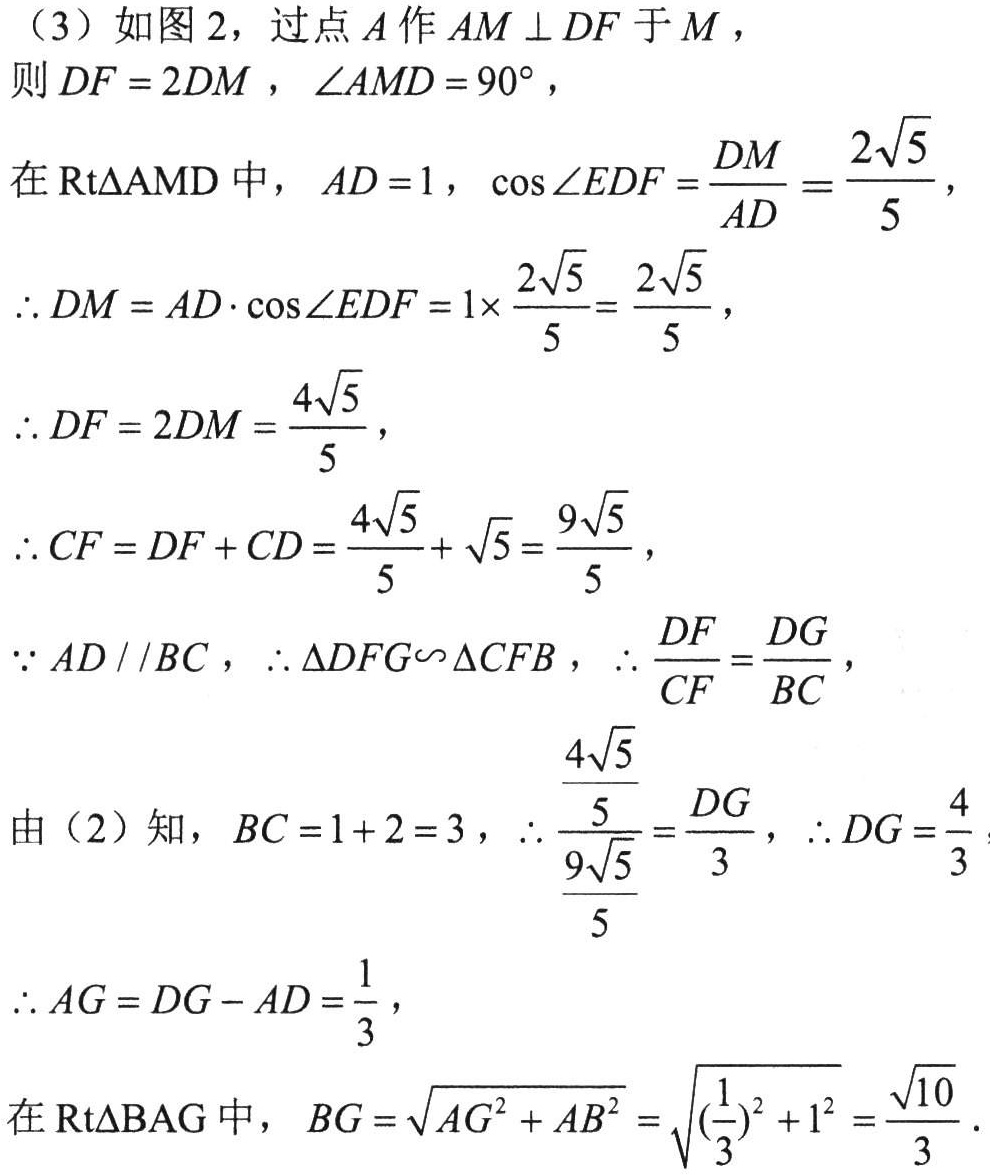
（3）如图2，过点\(A\)作\(AM \perp DF\)于\(M\)，
则\(DF = 2DM\)，\(\angle AMD = 90^{\circ}\)，
在\(\text{Rt}\triangle AMD\)中，\(AD = 1\)，\(\cos\angle EDF=\dfrac{DM}{AD}=\dfrac{2\sqrt{5}}{5}\)，
\(\therefore DM = AD\cdot\cos\angle EDF = 1\times\dfrac{2\sqrt{5}}{5}=\dfrac{2\sqrt{5}}{5}\)，
\(\therefore DF = 2DM=\dfrac{4\sqrt{5}}{5}\)，
\(\therefore CF = DF + CD=\dfrac{4\sqrt{5}}{5}+\sqrt{5}=\dfrac{9\sqrt{5}}{5}\)，
\(\because AD\parallel BC\)，\(\therefore \triangle DFG\sim\triangle CFB\)，\(\therefore \dfrac{DF}{CF}=\dfrac{DG}{BC}\)，
由（2）知，\(BC = 1 + 2 = 3\)，\(\therefore \dfrac{\dfrac{4\sqrt{5}}{5}}{\dfrac{9\sqrt{5}}{5}}=\dfrac{DG}{3}\)，\(\therefore DG=\dfrac{4}{3}\)，
\(\therefore AG = DG - AD=\dfrac{1}{3}\)，
在\(\text{Rt}\triangle BAG\)中，\(BG=\sqrt{AG^{2}+AB^{2}}=\sqrt{(\dfrac{1}{3})^{2}+1^{2}}=\dfrac{\sqrt{10}}{3}\)．